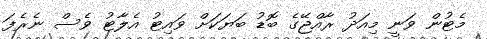
މެޓުން ވަނީ މިއަދު ރާއްޖޭގެ ބޮޑު ބަޔަކަށް ވައިޓު އެލާޓު ވެސް ނެރެފަ